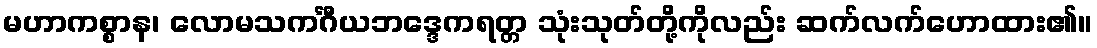
မဟာကစ္စာန၊ လောမသကင်္ဂီယဘဒ္ဒေကရတ္တ သုံးသုတ်တို့ကိုလည်း ဆက်လက်ဟောထား၏။